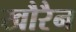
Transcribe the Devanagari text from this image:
खौरैन